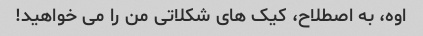
اوه، به اصطلاح، کیک های شکلاتی من را می خواهید!